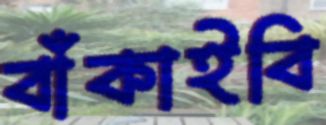
বাঁকাইবি